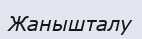
Жанышталу